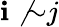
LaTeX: \mathbf{i}\not{\sim}j